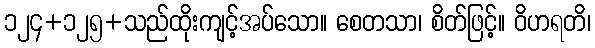
၁၂၄+၁၂၅+သည်ထိုးကျင့်အပ်သော။ စေတသာ၊ စိတ်ဖြင့်။ ဝိဟရတိ၊